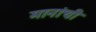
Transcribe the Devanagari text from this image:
मानांची